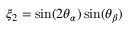
\xi _ { 2 } = \sin ( 2 \theta _ { \alpha } ) \sin ( \theta _ { \beta } )